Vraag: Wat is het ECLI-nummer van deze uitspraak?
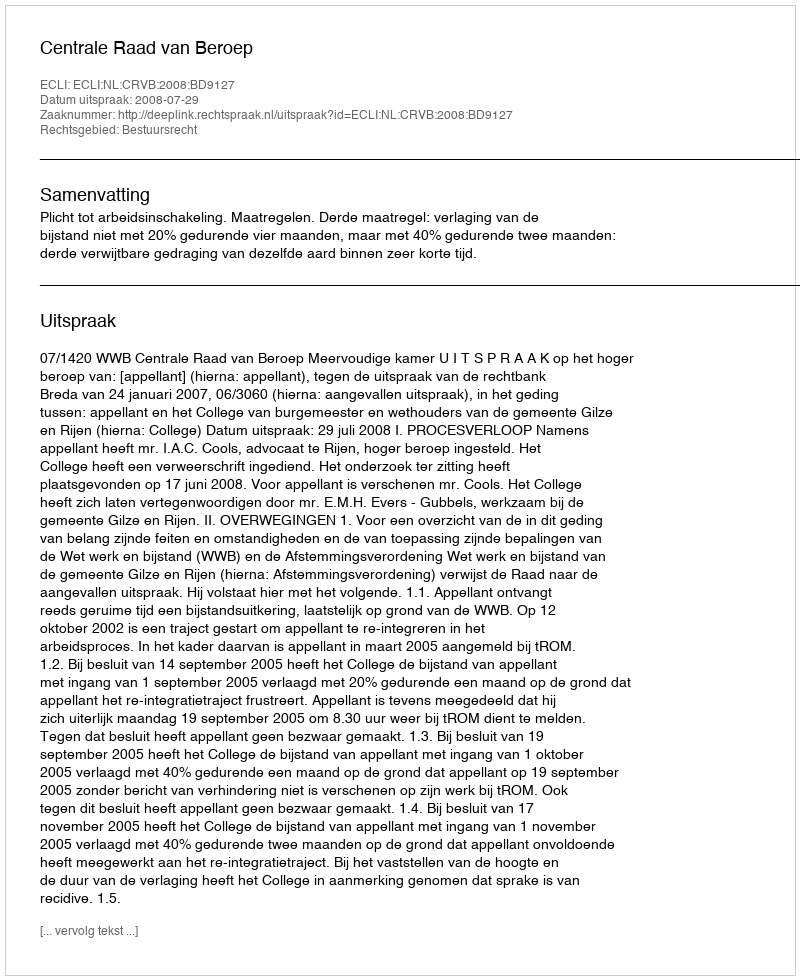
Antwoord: ECLI:NL:CRVB:2008:BD9127